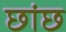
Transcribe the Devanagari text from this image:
छांछ